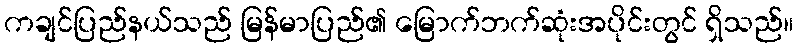
ကချင်ပြည်နယ်သည် မြန်မာပြည်၏ မြောက်ဘက်ဆုံးအပိုင်းတွင် ရှိသည်။